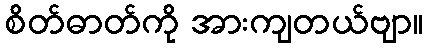
စိတ်ဓာတ်ကို အားကျတယ်ဗျာ။